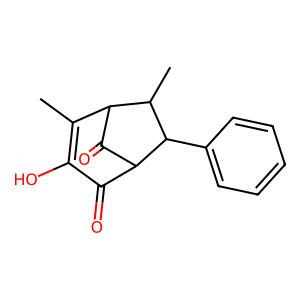
SMILES: CC1=C(O)C(=O)C2C(=O)C1C(C)C2c1ccccc1
Inhibits HIV replication: No